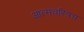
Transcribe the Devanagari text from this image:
आत्मचरित्रच